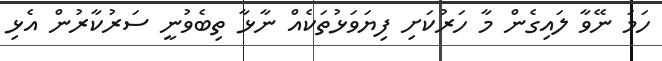
ހަމަ ނޭވާ ލައިގެން މާ ހަރުކަށި ފިޔަވަޅުތަކެއް ނާޅާ ތިބެވުނީ ސަރުކާރުން އެޅި